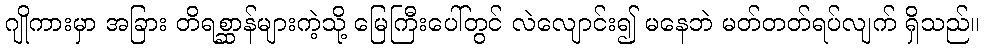
ဂျိုကားမှာ အခြား တိရစ္ဆာန်များကဲ့သို့ မြေကြီးပေါ်တွင် လဲလျောင်း၍ မနေဘဲ မတ်တတ်ရပ်လျက် ရှိသည်။